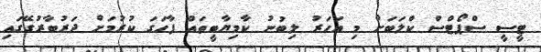
ޓީސީ ސްޕޯޓްސް ކްލަބަށް މި އަހަރު ލިބުނު ކާމިޔާބީތައް ފާހަގަ ކުރުމަށް ދަރުބާރުގޭގައި